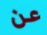
عن